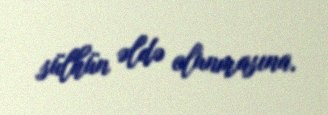
sülhün əldə olunmasına.